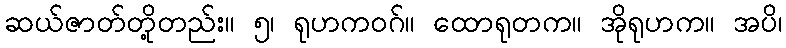
ဆယ်ဇာတ်တို့တည်း။ ၅၊ ရုဟကဝဂ်။ ထောရုတက။ အိုရုဟက။ အပိ၊